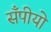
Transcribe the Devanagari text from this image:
सँपीयो